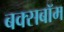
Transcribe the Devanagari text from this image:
बक्सबॉम